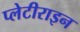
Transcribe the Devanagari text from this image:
प्लेटीराइन